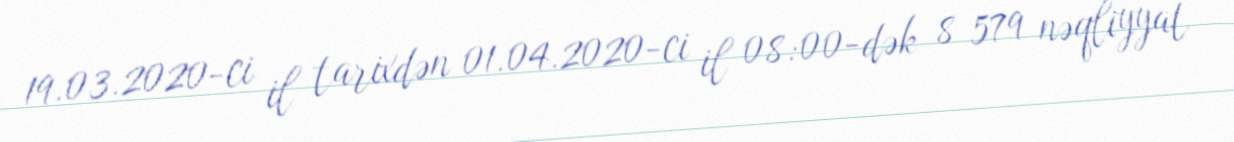
19.03.2020-ci il tarixdən 01.04.2020-ci il 08:00-dək 8 579 nəqliyyat